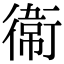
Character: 𫟘